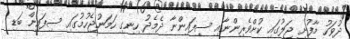
ދުވަހު މާފުށީ ޖަލުގައި ކުށްވެރިންނާއި ސިފައިންނާ ދެމެދު ހިނގި ހަމަނުޖެހުމުގައި ސިފައިން ބަޑި